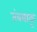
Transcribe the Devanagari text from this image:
तंबबाकू